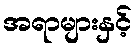
အရာများနှင့်